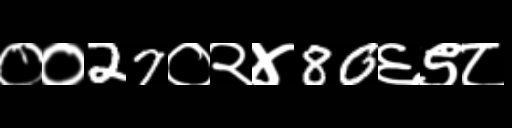
Text: ००27०२४80६९८